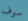
سوف